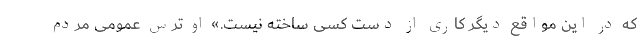
که در این مواقع دیگر کاری از دست کسی ساخته نیست.» او ترس عمومی مردم